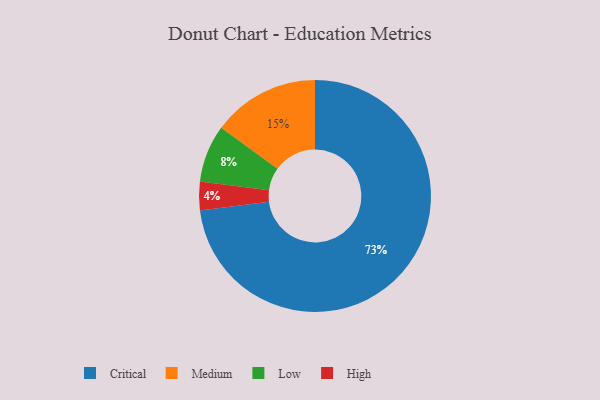
{"axis": {"x": "Category", "y": "Percentage"}, "legend": ["Critical", "High", "Low", "Medium"], "data": [{"x": "High", "y": 4, "type": "High"}, {"x": "Critical", "y": 73, "type": "Critical"}, {"x": "Low", "y": 8, "type": "Low"}, {"x": "Medium", "y": 15, "type": "Medium"}]}